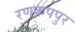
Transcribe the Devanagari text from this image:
रणकपपुर